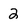
Character: 2